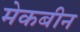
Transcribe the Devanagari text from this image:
मेकबीन